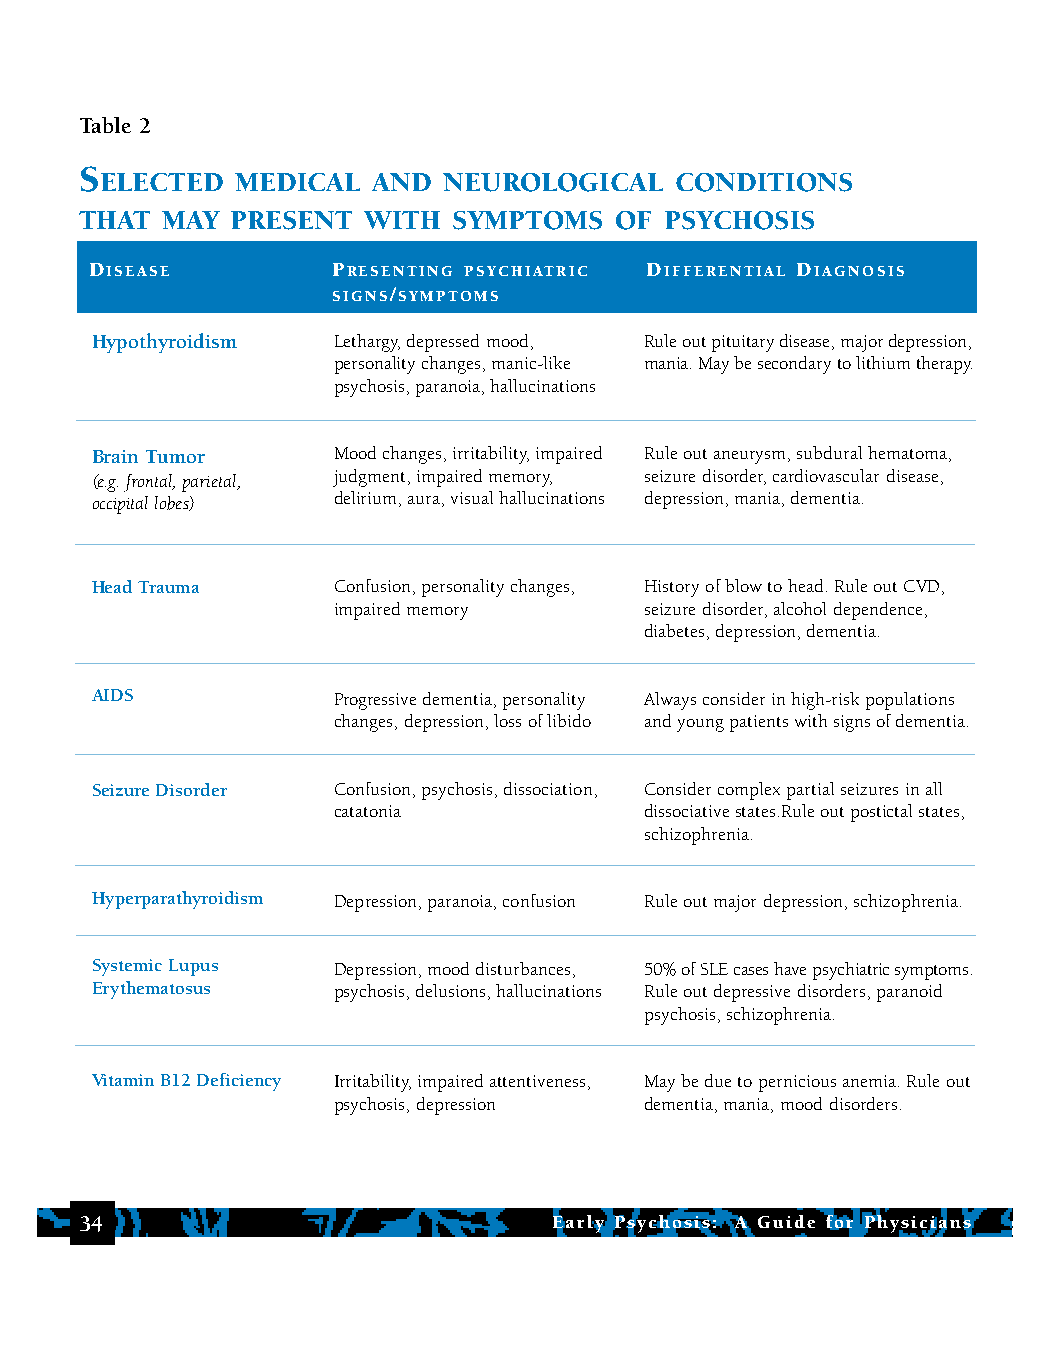
Table 2
 S
 ELECTED  MEDICAL  AND NEUROLOGICAL    CONDITIONS
 THAT  MAY PRESENT  WITH  SYMPTOMS   OF PSYCHOSIS
 DISEASE         PRESENTING PSYCHIATRIC DIFFERENTIAL DIAGNOSIS
 SIGNS/SYMPTOMS
 Hypothyroidism  Lethargy, depressed mood, Rule out pituitary disease, major depression,
 personality changes, manic-like mania. May be secondary to lithium therapy.
 psychosis, paranoia, hallucinations
 Brain Tumor     Mood changes, irritability, impaired Rule out aneurysm, subdural hematoma,
 (e.g. frontal, parietal, judgment, impaired memory, seizure disorder, cardiovascular disease,
 occipital lobes) delirium, aura, visual hallucinations depression, mania, dementia.
 Head Trauma     Confusion, personality changes, History of blow to head. Rule out CVD,
 impaired memory      seizure disorder, alcohol dependence,
 diabetes, depression, dementia.
 AIDS            Progressive dementia, personality Always consider in high-risk populations
 changes, depression, loss of libido and young patients with signs of dementia.
 Seizure Disorder Confusion, psychosis, dissociation, Consider complex partial seizures in all
 catatonia            dissociative states.Rule out postictal states,
 schizophrenia.
 Hyperparathyroidism Depression, paranoia, confusion Rule out major depression, schizophrenia.
 Systemic Lupus  Depression, mood disturbances, 50% of SLE cases have psychiatric symptoms.
 Erythematosus   psychosis, delusions, hallucinations Rule out depressive disorders, paranoid
 psychosis, schizophrenia.
 Vitamin B12 Deficiency Irritability, impaired attentiveness, May be due to pernicious anemia. Rule out
 psychosis, depression dementia, mania, mood disorders.
 34                              Early Psychosis: A Guide for Physicians